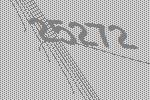
25272